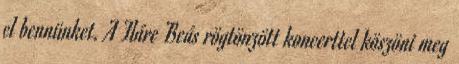
el bennünket. A Fláre Beás rögtönzött koncerttel köszöni meg